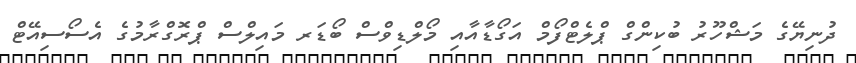
ދުނިޔޭގެ މަޝްހޫރު ބުކިންގް ޕްލެޓްފޯމް އަގޯޑާއާއި މޯލްޑިވްސް ބޯޑަރ މައިލްސް ޕްރޮގްރާމުގެ އެސޯސިއޭޓް